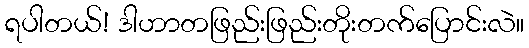
ရပါတယ်! ဒါဟာတဖြည်းဖြည်းတိုးတက်ပြောင်းလဲ။